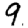
Digit: 9